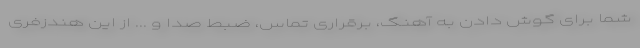
شما برای گوش دادن به آهنگ، برقراری تماس، ضبط صدا و ... از این هندزفری